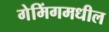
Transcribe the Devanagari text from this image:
गेमिंगमधील